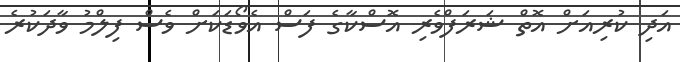
އަދި ކުރިއަށް އޮތް ޝަރަފްވެރި އޮސްކާގެ ފަސް އެވޯޑަކަށް ވެސް ފިލްމު ވާދަކުރެ